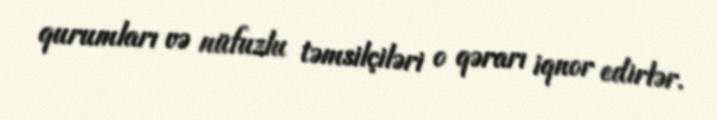
qurumları və nüfuzlu təmsilçiləri o qərarı iqnor edirlər.